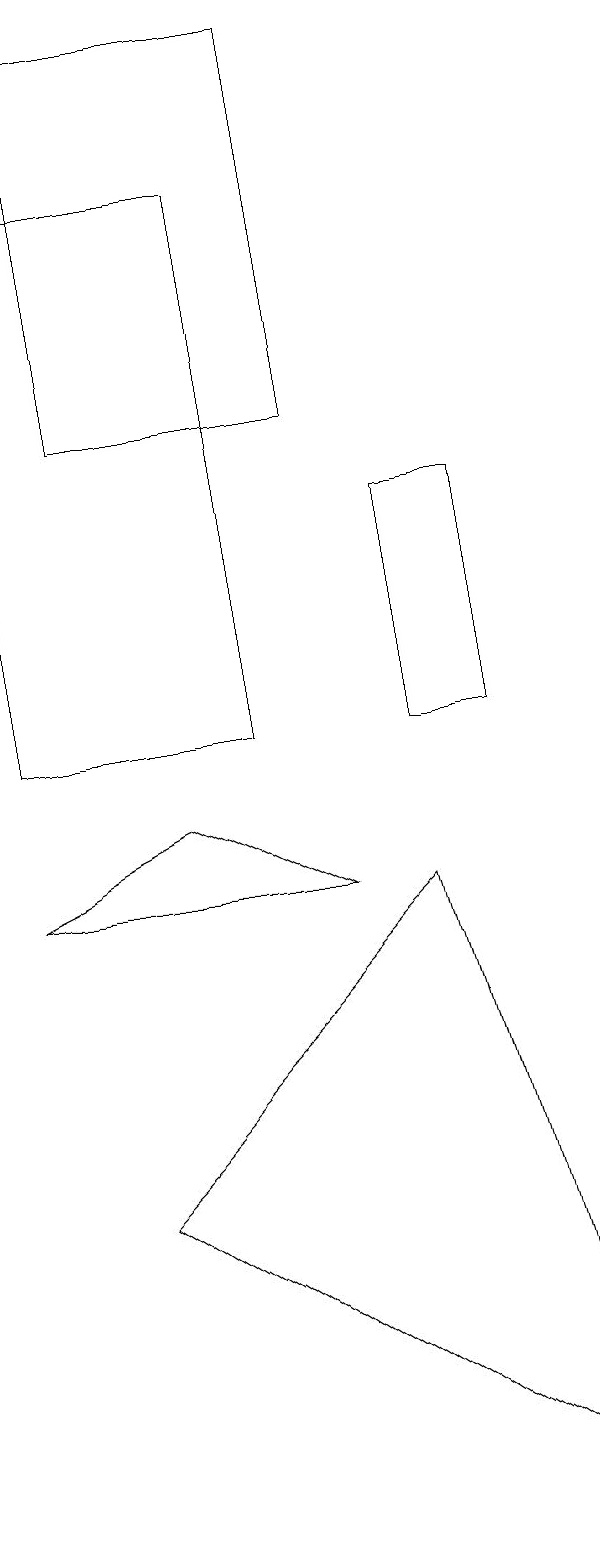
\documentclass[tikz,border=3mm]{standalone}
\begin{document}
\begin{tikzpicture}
\draw (4,8) -- (0,8) -- (2,9) -- cycle;
\draw (1,4) -- (7,0) -- (5,8) -- cycle;
\draw (5,10) rectangle (6,13);
\draw (4,19) rectangle (1,14);
\draw (0,17) rectangle (3,10);
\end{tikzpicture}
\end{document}